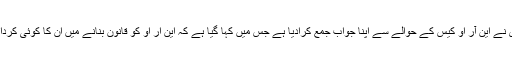
26 جون2018ء) سپریم کورٹ میں سابق صدر اور پیپلز پارٹی کے شریک چیئرمین آصف زرداری نے این آر او کیس کے حوالے سے اپنا جواب جمع کرادیا ہے جس میں کہا گیا ہے کہ این آر او کو قانون بنانے میں ان کا کوئی کردار نہیں تھا جو درخواست اس حوالے سے دائر کی گئی ہے وہ انہیں بدنام کرنے کی منظم سازش ہے۔